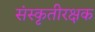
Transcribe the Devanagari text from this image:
संस्कृतीरक्षक